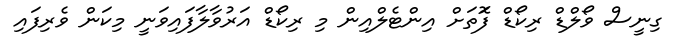
ގިނީސް ވޯލްޑް ރިކޯޑް ފޮަތަށް އިންޓެލްއިން މި ރިކޯޑް އަރުވާލާފައިވަނީ މިކަން ވެރިފައި